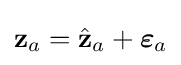
\mathbf {z} _{a}={\hat {\mathbf {z} }}_{a}+{\boldsymbol {\varepsilon }}_{a}